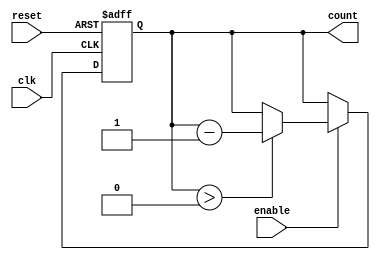
module DownCounter #(
    parameter N = 4 // Define the width of the counter (N-bits)
)(
    input wire clk,      // Clock signal
    input wire reset,    // Asynchronous active-high reset
    input wire enable,    // Active-high enable signal
    output reg [N-1:0] count // Current value of the counter
);

    // Maximum value for the counter is 2^N - 1
    localparam MAX_COUNT = (1 << N) - 1;

    always @(posedge clk or posedge reset) begin
        if (reset) begin
            count <= MAX_COUNT; // Reset to maximum value
        end else if (enable) begin
            if (count > 0) begin
                count <= count - 1; // Decrement the counter
            end
        end
        // If enable is low, count retains its value
    end

endmodule